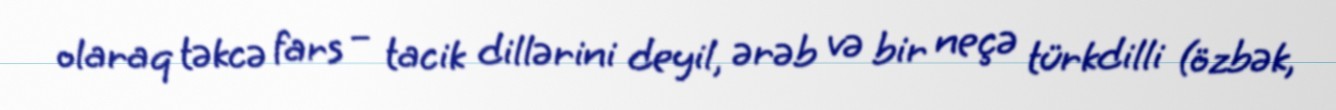
olaraq təkcə fars – tacik dillərini deyil, ərəb və bir neçə türkdilli (özbək,